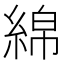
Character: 綿